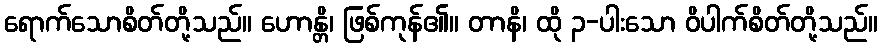
ရောက်သောစိတ်တို့သည်။ ဟောန္တိ၊ ဖြစ်ကုန်၏။ တာနိ၊ ထို ၃-ပါးသော ဝိပါက်စိတ်တို့သည်။